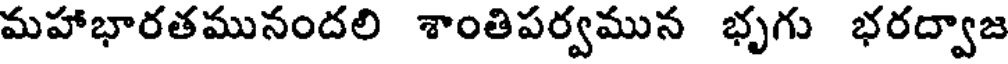
మహాభారతమునందలి శాంతిపర్వమున భృగు భరద్వాజ